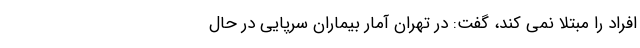
افراد را مبتلا نمی کند، گفت: در تهران آمار بیماران سرپایی در حال